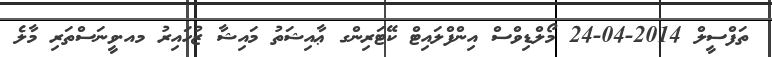
ތަފްސީލް 2014-04-24 މޯލްޑިވްސް އިންފްލައިޓް ކޭޓަރިންގ ޢާއިޝަތު މައިޝާ ޒުހައިރު މއ.ވީނަސްތަރި މާލެ